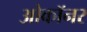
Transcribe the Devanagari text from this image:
ओकॉनर